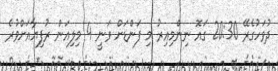
ދުވަހުގެރޭ 20:30 ގައޮ ނިންމިއިރު މި ފަންޑަށް ވަނީ 4 މިލިއަން ރުފިޔާއަށްވުރެ